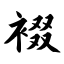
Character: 裰